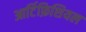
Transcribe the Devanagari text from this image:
आर्टिफ़िशियल